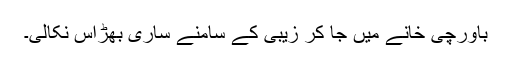
باورچی خانے میں جا کر زیبی کے سامنے ساری بھڑاس نکالی۔